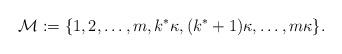
LaTeX: \begin{align*}\mathcal{M} := \{1, 2, \ldots, m, k^*\kappa, (k^*+1)\kappa, \ldots, m\kappa\}.\end{align*}